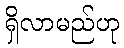
ရှိလာမည်ဟု